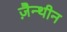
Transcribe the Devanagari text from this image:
ज़ैन्थीन